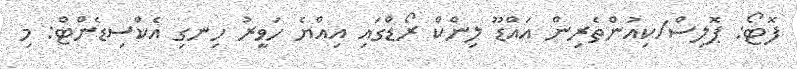
ފޮޓޯ: ޕޮލިސް/ކިއުންތެރިން އައްޑޫ ލިންކް ރޯޑްގައި އިއްޔެ ހަވީރު ހިނގި އެކްސިޑެންޓް: މި